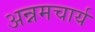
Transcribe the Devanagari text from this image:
अन्नमचार्य